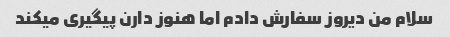
سلام من دیروز سفارش دادم اما هنوز دارن پیگیری میکند